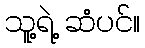
သူ့ရဲ့ ဆံပင်။